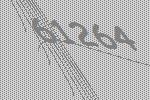
61264